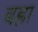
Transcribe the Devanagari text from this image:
बह्रा